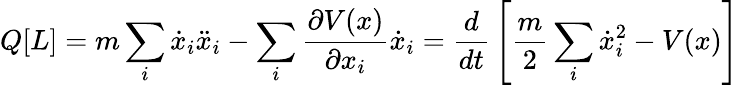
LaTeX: Q[L]=m\sum_{i}{\dot{x}}_{i}{\ddot{x}}_{i}-\sum_{i}{\frac{\partial V(x)}{\partial x_{i}}}{\dot{x}}_{i}={\frac{d}{dt}}\left[{\frac{m}{2}}\sum_{i}{\dot{x}}_{i}^{2}-V(x)\right]